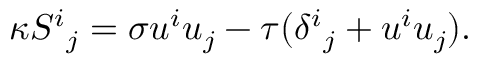
\kappa { S ^ { i } } _ { j } = \sigma u ^ { i } u _ { j } - \tau ( { \delta ^ { i } } _ { j } + u ^ { i } u _ { j } ) .